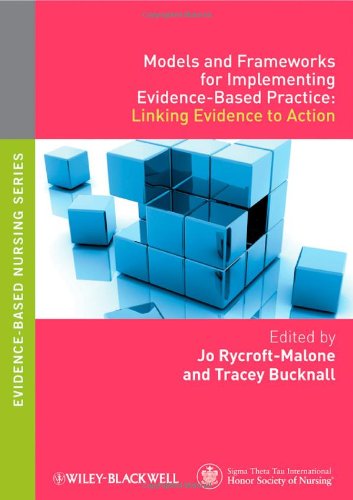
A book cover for Models and Frameworks for Implementing Evidence-Based Practice: Linking Evidence to Action; Medical Books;